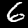
Label: 6